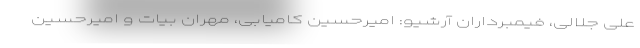
علی جلالی، فیمبرداران آرشیو: امیرحسین کامیابی، مهران بیات و امیرحسین